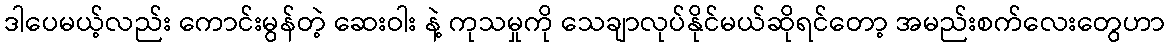
ဒါပေမယ့်လည်း ကောင်းမွန်တဲ့ ဆေးဝါး နဲ့ ကုသမှုကို သေချာလုပ်နိုင်မယ်ဆိုရင်တော့ အမည်းစက်လေးတွေဟာ